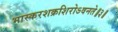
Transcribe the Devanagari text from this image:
भास्करशक्रशिरोऽवनते॥३॥